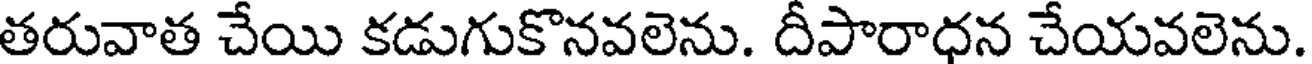
తరువాత చేయి కడుగుకొనవలెను. దీపారాధన చేయవలెను.